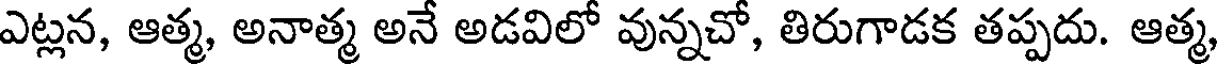
ఎట్లన, ఆత్మ, అనాత్మ అనే అడవిలో వున్నచో, తిరుగాడక తప్పదు. ఆత్మ